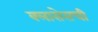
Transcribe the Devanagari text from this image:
क्लासेसची